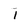
Character: 1